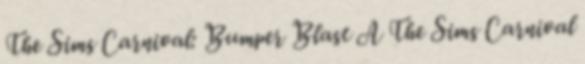
The Sims Carnival: Bumper Blast A The Sims Carnival